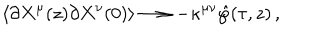
LaTeX: \left< \partial X ^ { \mu } ( z ) \partial X ^ { \nu } ( 0 ) \right> \longrightarrow - \kappa ^ { \mu \nu } \hat { \wp } ( \tau , z ) \, ,